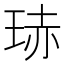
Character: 𭹍